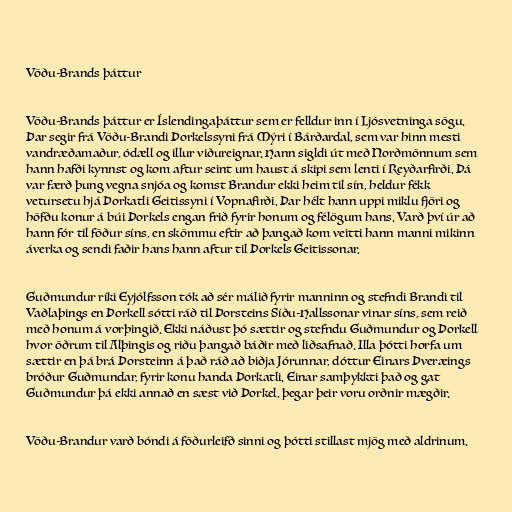
Vöðu-Brands þáttur

Vöðu-Brands þáttur er Íslendingaþáttur sem er felldur inn í Ljósvetninga sögu.
Þar segir frá Vöðu-Brandi Þorkelssyni frá Mýri í Bárðardal, sem var hinn mesti
vandræðamaður, ódæll og illur viðureignar. Hann sigldi út með Norðmönnum sem
hann hafði kynnst og kom aftur seint um haust á skipi sem lenti í Reyðarfirði. Þá
var færð þung vegna snjóa og komst Brandur ekki heim til sín, heldur fékk
vetursetu hjá Þorkatli Geitissyni í Vopnafirði. Þar hélt hann uppi miklu fjöri og
höfðu konur á búi Þorkels engan frið fyrir honum og félögum hans. Varð því úr að
hann fór til föður síns, en skömmu eftir að þangað kom veitti hann manni mikinn
áverka og sendi faðir hans hann aftur til Þorkels Geitissonar.

Guðmundur ríki Eyjólfsson tók að sér málið fyrir manninn og stefndi Brandi til
Vaðlaþings en Þorkell sótti ráð til Þorsteins Síðu-Hallssonar vinar síns, sem reið
með honum á vorþingið. Ekki náðust þó sættir og stefndu Guðmundur og Þorkell
hvor öðrum til Alþingis og riðu þangað báðir með liðsafnað. Illa þótti horfa um
sættir en þá brá Þorsteinn á það ráð að biðja Jórunnar, dóttur Einars Þveræings
bróður Guðmundar, fyrir konu handa Þorkatli. Einar samþykkti það og gat
Guðmundur þá ekki annað en sæst við Þorkel, þegar þeir voru orðnir mægðir.

Vöðu-Brandur varð bóndi á föðurleifð sinni og þótti stillast mjög með aldrinum.